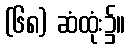
(၆၈) ဆံထုံး၌။